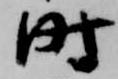
時